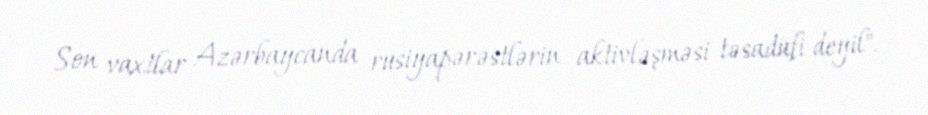
Son vaxtlar Azərbaycanda rusiyapərəstlərin aktivləşməsi təsadüfi deyil".